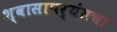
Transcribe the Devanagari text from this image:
श्वासापर्यंतचा